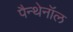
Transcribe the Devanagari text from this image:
पैन्थेनॉल